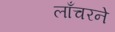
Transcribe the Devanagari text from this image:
लाँचरने